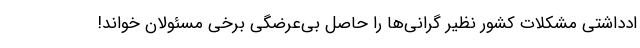
ادداشتی مشکلات کشور نظیر گرانی‌ها را حاصل بی‌عرضگی برخی مسئولان خواند!